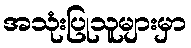
အသုံးပြုသူများမှာ